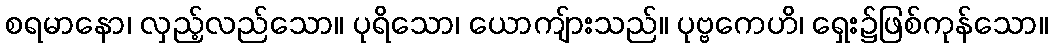
စရမာနော၊ လှည့်လည်သော။ ပုရိသော၊ ယောကျ်ားသည်။ ပုဗ္ဗကေဟိ၊ ရှေး၌ဖြစ်ကုန်သော။